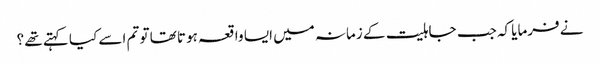
نے فرمایا کہ جب جاہلیت کے زمانہ میں ایسا واقعہ ہوتا تھا تو تم اسے کیا کہتے تھے ؟